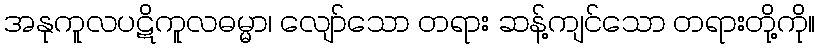
အနုကူလပဋိကူလဓမ္မာ၊ လျော်သော တရား ဆန့်ကျင်သော တရားတို့ကို။